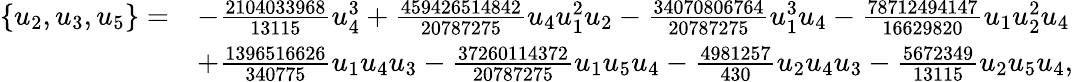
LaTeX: \begin{array}{rl}{\{ u_{2},u_{3},u_{5}\} =}&{-\frac{2104033968}{13115}u_{4}^{3}+\frac{459426514842}{20787275}u_{4}u_{1}^{2}u_{2}-\frac{34070806764}{20787275}u_{1}^{3}u_{4}-\frac{78712494147}{16629820}u_{1}u_{2}^{2}u_{4}}\\ &{+\frac{1396516626}{340775}u_{1}u_{4}u_{3}-\frac{37260114372}{20787275}u_{1}u_{5}u_{4}-\frac{4981257}{430}u_{2}u_{4}u_{3}-\frac{5672349}{13115}u_{2}u_{5}u_{4},}\end{array}